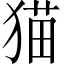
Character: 猫